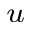
^ u